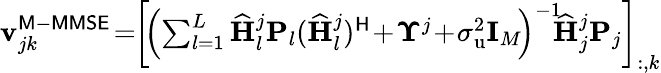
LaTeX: \begin{array}{r}{\mathbf{v}_{jk}^{\mathsf{M-MMSE}}\! =\! \! \left[\! \left(\sum_{l=1}^{L}\widehat{\mathbf{H}}_{l}^{j}\mathbf{P}_{l}(\widehat{\mathbf{H}}_{l}^{j})^{\mathsf{H}}\! +\! \boldsymbol{\Upsilon}^{j}\! +\! \sigma_{\mathrm{u}}^{2}\mathbf{I}_{M}\! \right)^{-1}\! \! \widehat{\mathbf{H}}_{j}^{j}\mathbf{P}_{j}\right]_{:,k}}\end{array}